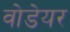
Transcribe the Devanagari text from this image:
वोडेयर